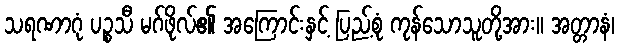
သရဏာဂုံ ပဉ္စသီ မဂ်ဖိုလ်၏ အကြောင်းနှင့် ပြည့်စုံ ကုန်သောသူတို့အား။ အတ္တာနံ၊